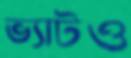
ভ্যাটও